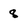
Character: 8